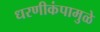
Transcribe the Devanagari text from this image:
धरणीकंपामुळे